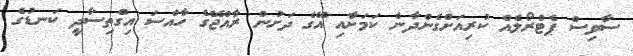
ސާވިސް ޕެޓްރޯލެއް ކުރިއަށްގެންދާނެ ކަމަށާއި އޭގެ ދަށުން ރާއްޖޭގެ ހާއްސަ އިގްތިސާދީ ކަނޑުގެ